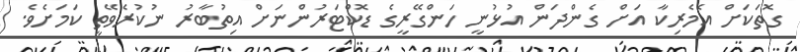
ގޮތަކަށް އެމެރިކާ އަށް ގެންދަން އުޅުނީ ހަންގޭރީގެ ޑޮކްޓަރުންނަށް އިތުބާރު ނުކުރެވޭތީ ކަމަށެވެ.